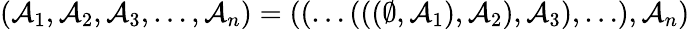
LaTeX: (\mathcal{A}_{1},\mathcal{A}_{2},\mathcal{A}_{3},\ldots,\mathcal{A}_{n})=((\ldots(((\emptyset,\mathcal{A}_{1}),\mathcal{A}_{2}),\mathcal{A}_{3}),\ldots),\mathcal{A}_{n})